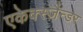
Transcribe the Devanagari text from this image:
एकेक्स्ज़ैन्डर